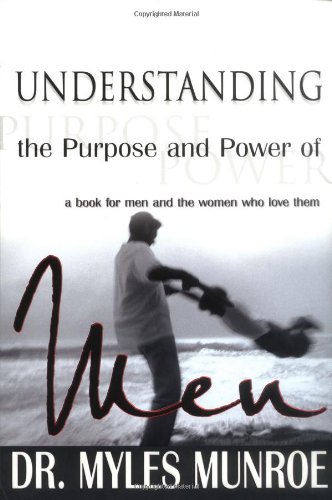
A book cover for Understanding The Purpose And Power Of Men; Myles Munroe; Christian Books & Bibles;